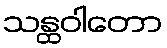
သန္ထဝါတော